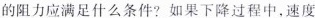
的阻力应满足什么条件?如果下降过程中，速度